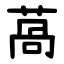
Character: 萵